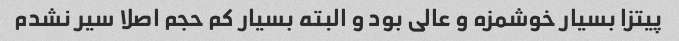
پیتزا بسیار خوشمزه و عالی بود و البته بسیار کم حجم اصلا سیر نشدم